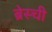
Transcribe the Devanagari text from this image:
ब्रेस्ची